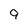
Character: 9